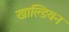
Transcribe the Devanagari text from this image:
खाल्डियन